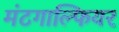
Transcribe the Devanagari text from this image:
मंटगाल्फियर